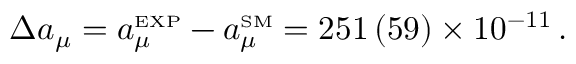
\Delta a _ { \mu } = a _ { \mu } ^ { \scriptscriptstyle \mathrm { E X P } } - a _ { \mu } ^ { \scriptscriptstyle \mathrm { S M } } = 2 5 1 \, ( 5 9 ) \times 1 0 ^ { - 1 1 } \, .